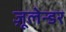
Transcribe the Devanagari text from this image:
ज़ूलेन्डर